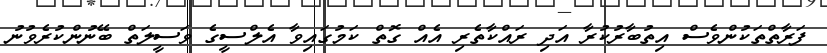
ފަރާތްތަކުންވެސް އިތުބާރުކުރާ އަދި ރައްކާތެރި އެއް ގޮތް ކަމުގައިވާ އެލްސީގެ ވަސީލަތް ބޭނުންކުރެވުނު